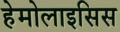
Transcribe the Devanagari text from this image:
हेमोलाइसिस